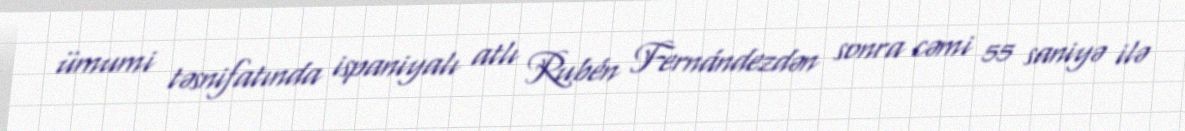
ümumi təsnifatında ispaniyalı atlı Rubén Fernándezdən sonra cəmi 55 saniyə ilə